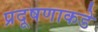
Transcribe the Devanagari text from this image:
प्रदूषणाकडे